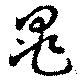
晁